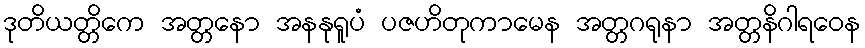
ဒုတိယတ္တိကေ အတ္တနော အနနုရူပံ ပဇဟိတုကာမေန အတ္တဂရုနာ အတ္တနိဂါရဝေန